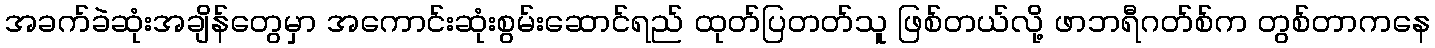
အခက်ခဲဆုံးအချိန်တွေမှာ အကောင်းဆုံးစွမ်းဆောင်ရည် ထုတ်ပြတတ်သူ ဖြစ်တယ်လို့ ဖာဘရီဂတ်စ်က တွစ်တာကနေ